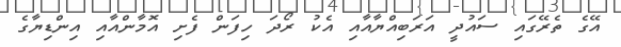
އޭގެ ތެރޭގައި ސައުދީ އަރަބިއްޔާއާއި އެކު ރޯދަ ހިފަން ފެށި އޮމާންއާއި އިންޑިޔާގެ